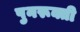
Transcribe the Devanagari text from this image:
पुनरूक्ती